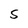
Character: S